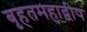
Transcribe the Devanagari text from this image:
बृहतमहाद्वीप